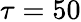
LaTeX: \tau=50